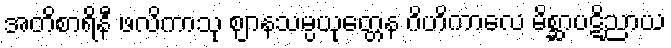
အတိစာရိနီ ဖလိကာသု ဈာနသမ္ပယုတ္တေန ဂိဟိကာလေ မိစ္ဆာပဋိညာယ